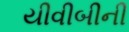
યીવીબીની